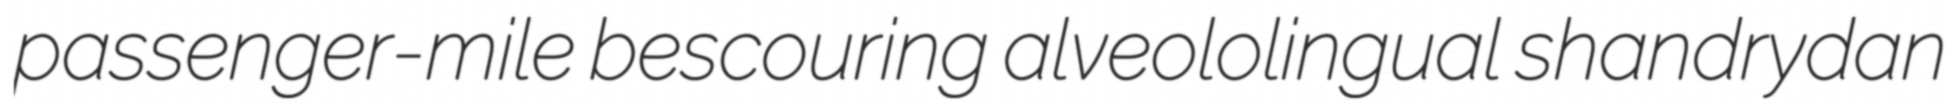
passenger-mile bescouring alveololingual shandrydan